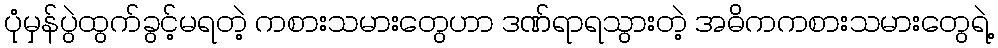
ပုံမှန်ပွဲထွက်ခွင့်မရတဲ့ ကစားသမားတွေဟာ ဒဏ်ရာရသွားတဲ့ အဓိကကစားသမားတွေရဲ့